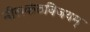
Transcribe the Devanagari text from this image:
नीलकंठविजयम्